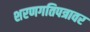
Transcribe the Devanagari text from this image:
शरणगतिपत्रावर